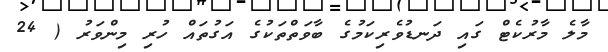
މާލެ މާރުކެޓް ގައި ދަނޑުވެރިކަމުގެ ބާވަތްތަކުގެ އަގުތައް ހުރި މިންވަރު ( 24